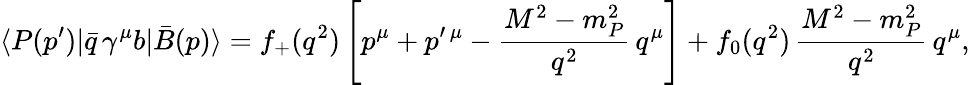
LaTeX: \langle P(p^{\prime})|\bar{q}\, \gamma^{\mu}b|\bar{B}(p)\rangle=f_{+}(q^{2})\left[p^{\mu}+p^{\prime\, \mu}-\frac{M^{2}-m_{P}^{2}}{q^{2}}\, q^{\mu}\right]+f_{0}(q^{2})\, \frac{M^{2}-m_{P}^{2}}{q^{2}}\, q^{\mu},